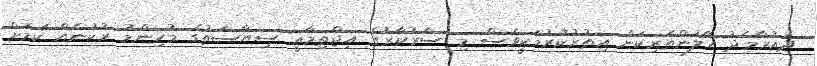
ދައުރާމެދު ހޭލުންތެރިކަން އިތުރުކުރުމަކީވެސް މި ސަރުކާރުގެ އިޖްތިމާޢީ ސިޔާސަތުގެ މުހިންމު ރުކުނެއް ކަމަށް